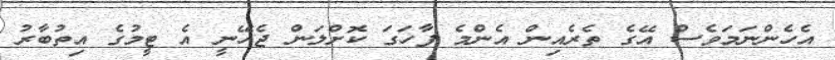
އެހެންނަމަވެސް އޭގެ ތެރެއިން އެންމެ ފާހަގަ ކޮށްލަން ޖެހޭނީ އެ ޓީމުގެ އިތުބާރު